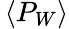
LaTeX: \, \langle P_{W}\rangle